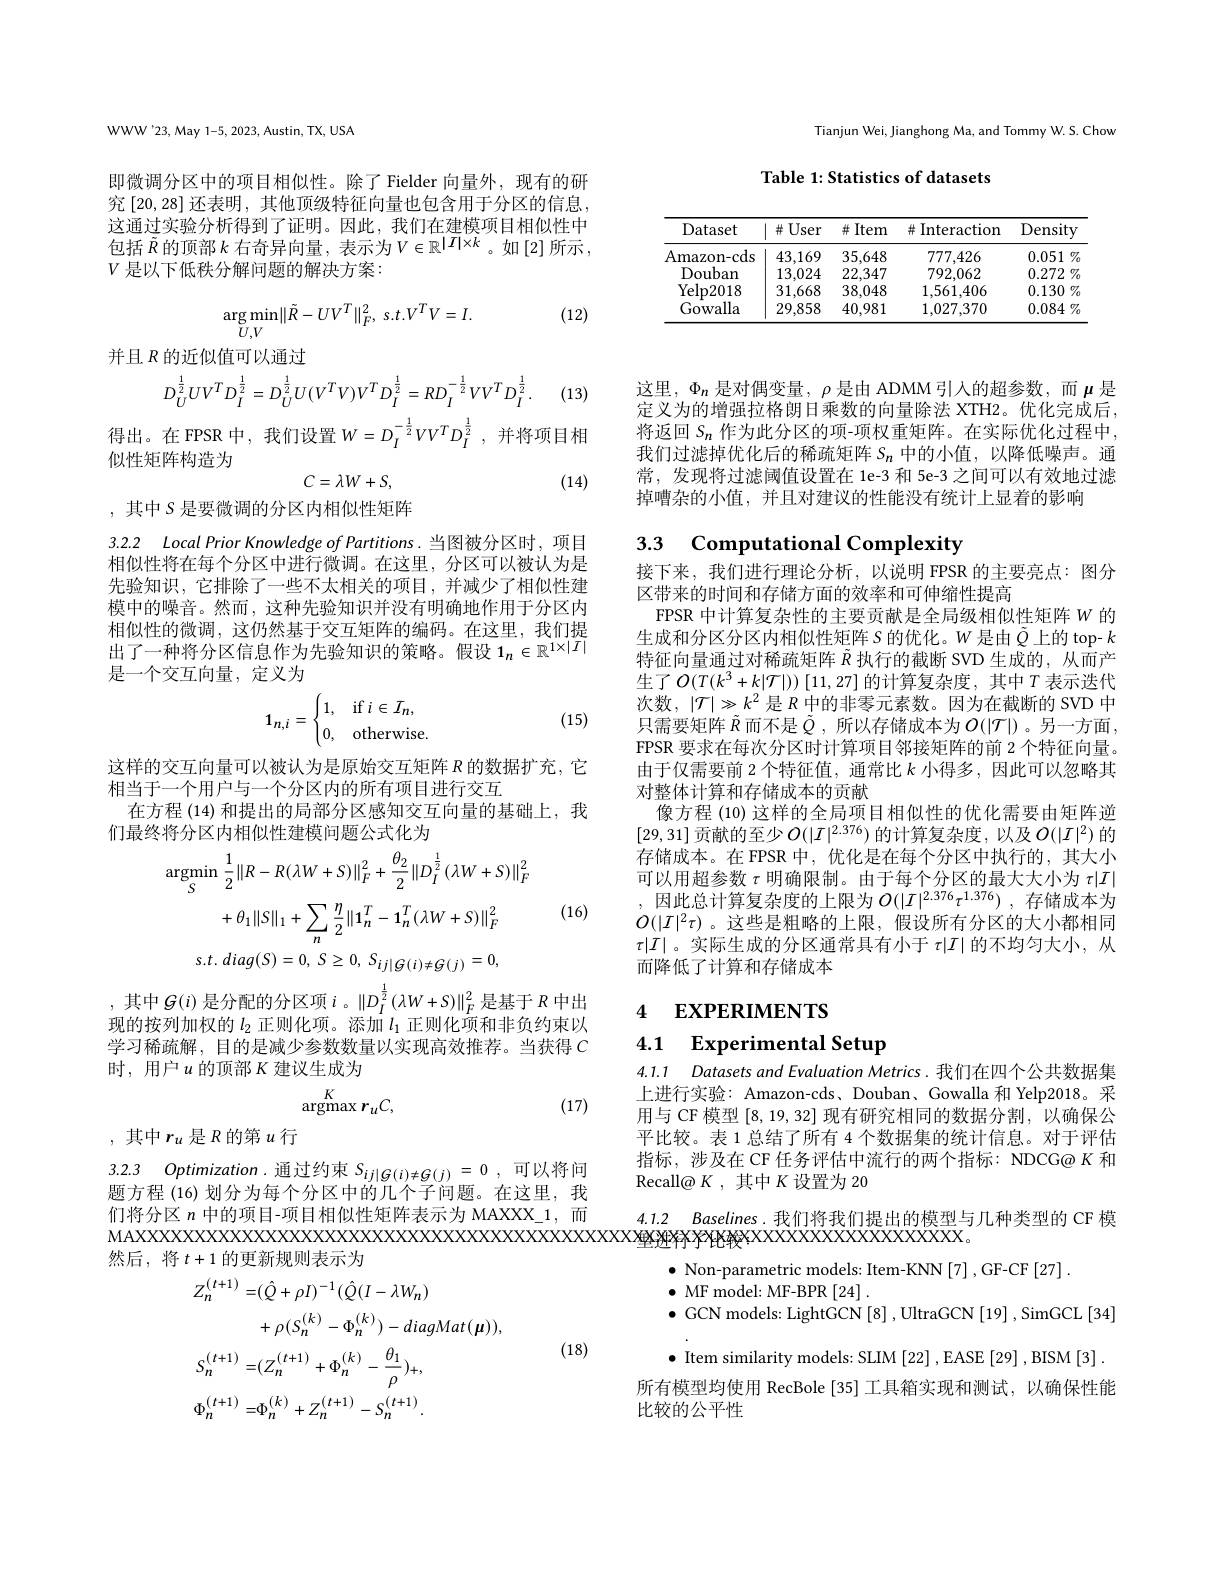
Tianjun Wei, Jianghong Ma, and Tommy W. S. Chow

Table 1: Statistics of datasets

<table>
	<tbody>
		<tr>
			<th>Dataset</th>
			<th>$\#User$</th>
			<th>$\#$Item</th>
			<th>Interaction 井 1 T</th>
			<th>Density</th>
		</tr>
		<tr>
			<td>Amazon- cds</td>
			<td>43,169</td>
			<td>35,648</td>
			<td>777,426</td>
			<td>0.051 $\%$</td>
		</tr>
		<tr>
			<td>Douban</td>
			<td>13,024</td>
			<td>22,347</td>
			<td>792,062</td>
			<td>0.272 V</td>
		</tr>
		<tr>
			<td>Yelp2018</td>
			<td>31,668</td>
			<td>38,048</td>
			<td>1,561,406</td>
			<td>$0.130\%$</td>
		</tr>
		<tr>
			<td>Gowalla</td>
			<td>29,858</td>
			<td>40,981</td>
			<td>1,027,370</td>
			<td>0.084</td>
		</tr>
	</tbody>
</table>

WWW'23, May 1-5, 2023, Austin, TX, USA

即微调分区中的项目相似性。除了 Fielder 向量外，现有的研究[20,28]还表明，其他顶级特征向量也包含用于分区的信息， 这通过实验分析得到了证明。因此，我们在建模项目相似性中包括$\tilde{R}$的顶部$k$ 右奇异向量，表示为$V\in\mathbb{R}^|I|\times k$。如[2]所示， $V$是以下低秩分解问题的解决方案：
$$\arg\min_{U,V}\|\tilde{R}-UV^T\|_F^2,\:s.t.V^TV=I.$$
(12)

并且$R$的近似值可以通过
$$D_U^{\frac{1}{2}}UV^TD_I^{\frac{1}{2}}=D_U^{\frac{1}{2}}U(V^TV)V^TD_I^{\frac{1}{2}}=RD_I^{-\frac{1}{2}}VV^TD_I^{\frac{1}{2}}\:.$$
(13)

得出。在 FPSR 中，我们设置$W=D_I^{-\frac12}VV^TD_I^{\frac12}$,并将项目相
似性矩阵构造为
$$C=\lambda W+S,$$
(14)

,其中$S$是要微调的分区内相似性矩阵

3.2.2 Local Prior Knowledge of Partitions. 当图被分区时，项目

相似性将在每个分区中进行微调。在这里，分区可以被认为是先验知识，它排除了一些不太相关的项目，并减少了相似性建模中的噪音。然而，这种先验知识并没有明确地作用于分区内相似性的微调，这仍然基于交互矩阵的编码。在这里，我们提估 以 生 时 做 购 , 因 以 然 坐 了 又 互 应 中 可 细 问 。位 区 主 , 仅 们 此 出 了 一 种 将 分 区 信 息 作 为 先 验 知 识 的 策 略 。假 设 $1_n\in \mathbb{R} ^{1\times | I| }$ 日 公 市 下 白 星 它 $\forall \forall \forall \forall$ 是一个交互向量，定义为
$$\mathbf{1}_{n,i}=\begin{cases}1,&\text{if}i\in I_n,\\0,&\text{otherwise}\end{cases}$$
(15)

这样的交互向量可以被认为是原始交互矩阵$R$的数据扩充，它
相当于一个用户与一个分区内的所有项目进行交互
在方程 (14) 和提出的局部分区感知交互向量的基础上，我
们最终将分区内相似性建模问题公式化为
$$\underset{S}{\mathrm{argmin}}\:\frac{1}{2}\|R-R(\lambda W+S)\|_{F}^{2}+\frac{\theta_{2}}{2}\|D_{I}^{\frac{1}{2}}(\lambda W+S)\|_{F}^{2}$$
$$+\theta_{1}\|S\|_{1}+\sum_{n}\frac{\eta}{2}\|1_{n}^{T}-1_{n}^{T}(\lambda W+S)\|_{F}^{2}\\t.\:diag(S)=0,\:S\geq0,\:S_{ij|G(i)\neq G(j)}=0,$$
(16)

,其中$G(i)$ 是分配的分区项$i$。$\|D_I^{\frac12}(\lambda W+S)\|_F^2$是基于$R$中出现的按列加权的$l_2$正则化项。添加$\dot l_1$正则化项和非负约束以学习稀疏解，目的是减少参数数量以实现高效推荐。当获得$C$ 时，用户$u$ 的顶部 K 建议生成为
$$\underset{\mathrm{argmax}}{K}r_{u}C,$$
(17)

,其中$r_u$是$R$的第$u$行

3.2.3 Optimization. 通过约束$S_ij|g(i)\neq G(j)=0$,可以将问

题方程 (16)划分为每个分区中的几个子问题。在这里，我们将分区$n$中的项目-项目相似性矩阵表示为 MAXXX_1, 而
然后，将$t+1$的更新规则表示为

(18)
$$\begin{aligned}&Z_{n}^{(t+1)}=&&(\hat{Q}+\rho I)^{-1}(\hat{Q}(I-\lambda W_{n})\\&&&+\rho(S_{n}^{(k)}-\Phi_{n}^{(k)})-diagMat(\mu)),\\&S_{n}^{(t+1)}=&&(Z_{n}^{(t+1)}+\Phi_{n}^{(k)}-\frac{\theta_{1}}{\rho})_{+},\\&\Phi_{n}^{(t+1)}=&&\Phi_{n}^{(k)}+Z_{n}^{(t+1)}-S_{n}^{(t+1)}.\end{aligned}$$
这里，$\Phi_n$是对偶变量，$\rho$是由 ADMM引入的超参数，而$\mu$是定义为的增强拉格朗日乘数的向量除法 XTH2。优化完成后， 将返回$S_n$作为此分区的项-项权重矩阵。在实际优化过程中， 我们过滤掉优化后的稀疏矩阵$S_n$中的小值，以降低噪声。通常，发现将过滤阈值设置在 1e-3 和 5e-3 之间可以有效地过滤掉嘈杂的小值，并且对建议的性能没有统计上显着的影响

3.3 Computational Complexity

接下来，我们进行理论分析，以说明 FPSR 的主要亮点：图分
区带来的时间和存储方面的效率和可伸缩性提高
FPSR 中计算复杂性的主要贡献是全局级相似性矩阵$W$的生成和分区分区内相似性矩阵$S$的优化。$W$是由$\tilde{Q}$上的 top- $k$ 特征向量通过对稀疏矩阵$\tilde{R}$执行的截断 SVD 生成的，从而产生了$O(T(k^3+k|\mathcal{T}|))\left[11,27\right]$的计算复杂度，其中$T$表示迭代次数，$|\mathcal{T}|\gg k^2$是$R$中的非零元素数。因为在截断的 SVD 中只需要矩阵$\tilde{R}$而不是$\tilde{Q}$,所以存储成本为$O(|\mathcal{T}|)$ 。另一方面， FPSR 要求在每次分区时计算项目邻接矩阵的前 2 个特征向量。由于仅需要前 2 个特征值，通常比$k$小得多，因此可以忽略其对整体计算和存储成本的贡献
像方程 (10) 这样的全局项目相似性的优化需要由矩阵逆[29,31]贡献的至少$O(|I|^2.376)$的计算复杂度，以及$O(|I|^2)$的存储成本。在 FPSR 中，优化是在每个分区中执行的，其大小可以用超参数$\tau$明确限制。由于每个分区的最大大小为$\tau|I|$ ,因此总计算复杂度的上限为$O( | I| ^{2. 376}\tau ^{1. 376})$ ,存储成本为$O(|I|^2\tau)$ 。这些是粗略的上限，假设所有分区的大小都相同$\tau|I|$。实际生成的分区通常具有小于$\tau|I|$的不均匀大小，从而降低了计算和存储成本

## 4 EXPERIMENTS 4.1 Experimental Setup

4.1.1 Datasets and Evaluation Metrics. 我们在四个公共数据集上进行实验：Amazon-cds、Douban、Gowalla 和 Yelp2018。采用与 CF 模型[8,19,32]现有研究相同的数据分割，以确保公平比较。表 1 总结了所有 4 个数据集的统计信息。对于评估指标，涉及在 CF 任务评估中流行的两个指标：NDCG@ K 和Recall@ $K$,其中$K$设置为 20

4.1.2 $Baselines.$我们将我们提出的模型与几种类型的 CF 模

$\bullet$ Non-parametric models: Item-KNN [7], GF-CF[27]
$\bullet$ MF model: MF-BPR [24].
$\bullet$ GCN models: LightGCN[8], UltraGCN[19], SimGCL[34]

$\bullet$ Item similarity models: SLIM [22] , EASE [29] , BISM [3] . 所有模型均使用 RecBole [35] 工具箱实现和测试，以确保性能比较的公平性